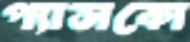
প্যাসকো